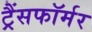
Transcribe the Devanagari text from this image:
ट्रैंसफॉर्मर